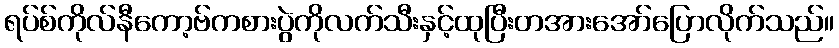
ရပ်စ်ကိုလ်နီကော့ဗ်ကစားပွဲကိုလက်သီးနှင့်ထုပြီးတအားအော်ပြောလိုက်သည်။